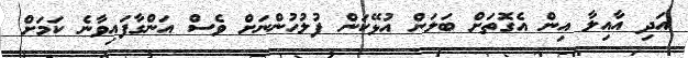
އަދި އާއިލާ އިން އެގޮތަށް ބަލަން އުޅޭކަން ފުލުހުންނަށް ވެސް އަންގާފައިވާނެ ކަމަށް